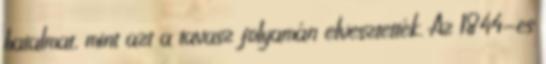
hatalmat, mint azt a tavasz folyamán elvesztették. Az 1844-es